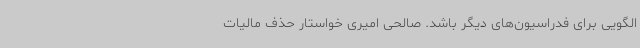
الگویی برای فدراسیون‌های دیگر باشد. صالحی امیری خواستار حذف مالیات